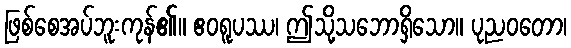
ဖြစ်စေအပ်ဘူးကုန်၏။ ဧဝရူပဿ၊ ဤသို့သဘောရှိသော။ ပုညဝတော၊